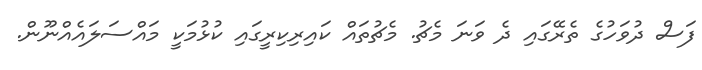
ފަސް ދުވަހުގެ ތެރޭގައި ދެ ވަނަ މެޗު. މެޗުތައް ކައިރިކިރީގައި ކުޅުމަކީ މައްސަލައެއްނޫން.